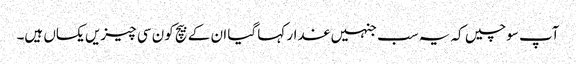
آپ سوچیں کہ یہ سب جنہیں غدار کہا گیا ان کے بیچ کون سی چیزیں یکساں ہیں۔